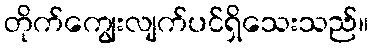
တိုက်ကျွေးလျက်ပင်ရှိသေးသည်။